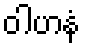
ဝါဟနံ